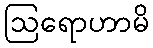
ဩရောဟာမိ